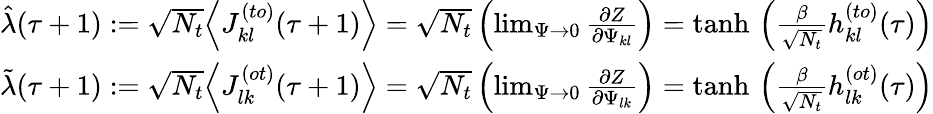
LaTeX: \begin{array}{r}{\hat{\lambda}(\tau+1):=\sqrt{N_{t}}\Big\langle J_{kl}^{(to)}(\tau+1)\Big\rangle=\sqrt{N_{t}}\left(\operatorname*{lim}_{\Psi\rightarrow 0}\frac{\partial Z}{\partial\Psi_{kl}}\right)=\mathrm{tanh}\, \left(\frac{\beta}{\sqrt{N_{t}}}h_{kl}^{(to)}(\tau)\right)}\\ {\tilde{\lambda}(\tau+1):=\sqrt{N_{t}}\Big\langle J_{lk}^{(ot)}(\tau+1)\Big\rangle=\sqrt{N_{t}}\left(\operatorname*{lim}_{\Psi\rightarrow 0}\frac{\partial Z}{\partial\Psi_{lk}}\right)=\mathrm{tanh}\, \left(\frac{\beta}{\sqrt{N_{t}}}h_{lk}^{(ot)}(\tau)\right)}\end{array}